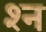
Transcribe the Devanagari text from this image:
श्‍न